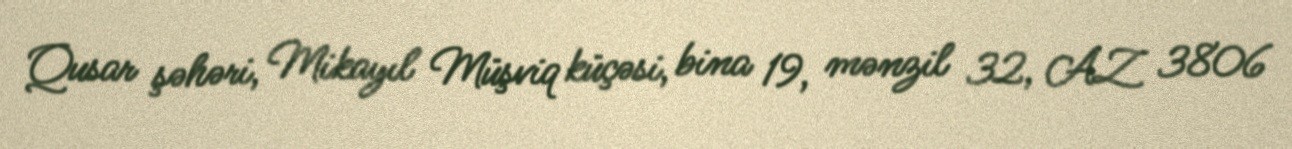
Qusar şəhəri, Mikayıl Müşviq küçəsi, bina 19, mənzil 32, AZ 3806